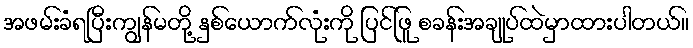
အဖမ်းခံရပြီးကျွန်မတို့ နှစ်ယောက်လုံးကို ပြင်ဖြူ စခန်းအချုပ်ထဲမှာထားပါတယ်။